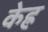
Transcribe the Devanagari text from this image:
केह्र